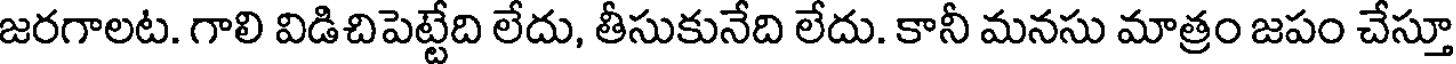
జరగాలట. గాలి విడిచిపెట్టేది లేదు, తీసుకునేది లేదు. కానీ మనసు మాత్రం జపం చేస్తూ